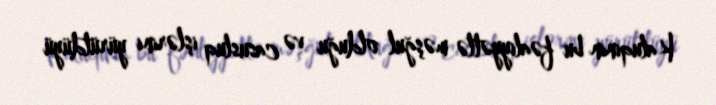
Kaluqinin bu fəaliyyətlə məşğul olduğu və casusluq işlərini yürütdüyü